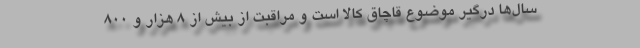
سال‌ها درگیر موضوع قاچاق کالا است و مراقبت از بیش از ۸ هزار و ۸۰۰